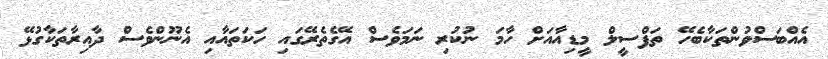
އެއްބަސްވުންތަކާބެހޭ ތަފްސީލް މީޑިއާއަށް ހާމަ ނުކުރި ނަމަވެސް އޭގެތެރޭގައި ހަކަތައާއި އެނޫންވެސް ދާއިރާތަކާގުޅޭ